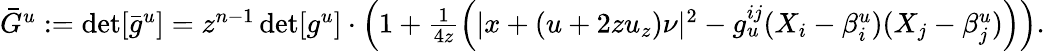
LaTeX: \begin{array}{r}{\bar{G}^{u}:=\operatorname*{det}[\bar{g}^{u}]=z^{n-1}\operatorname*{det}[g^{u}]\cdot\left(1+\frac{1}{4z}\left(|x+(u+2zu_{z})\nu|^{2}-g_{u}^{ij}(X_{i}-\beta_{i}^{u})(X_{j}-\beta_{j}^{u})\right)\right).}\end{array}